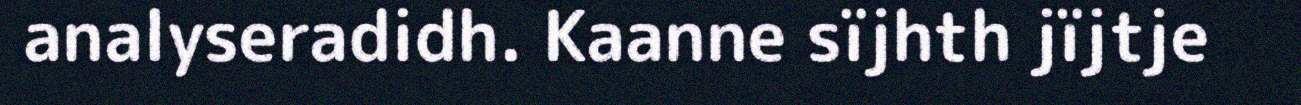
analyseradidh. Kaanne sïjhth jïjtje